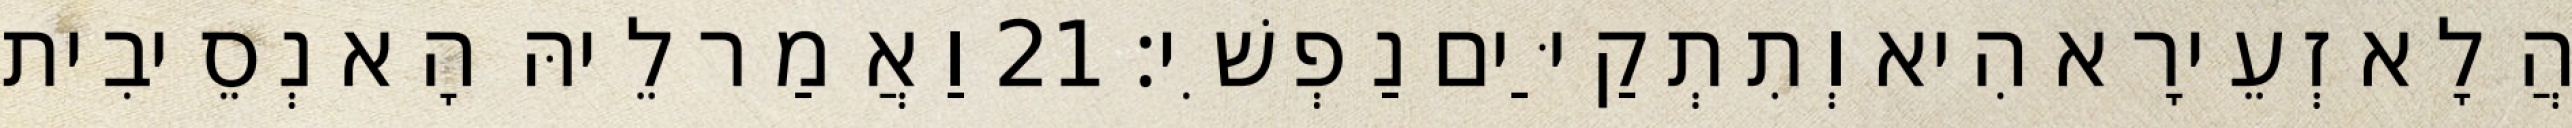
הֲלָא זְעֵירָא הִיא וְתִתְקַיַּים נַפְשִׁי׃ 21 וַאֲמַר לֵיהּ הָא נְסֵיבִית